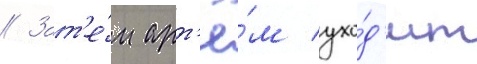
// Зат'е́м арт'ё́м ухо́д'ит